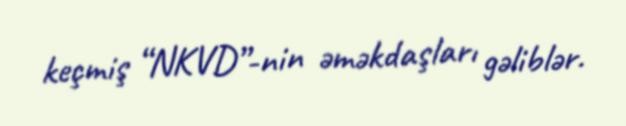
keçmiş “NKVD”-nin əməkdaşları gəliblər.